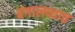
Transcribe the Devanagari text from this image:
बंगालच्याच